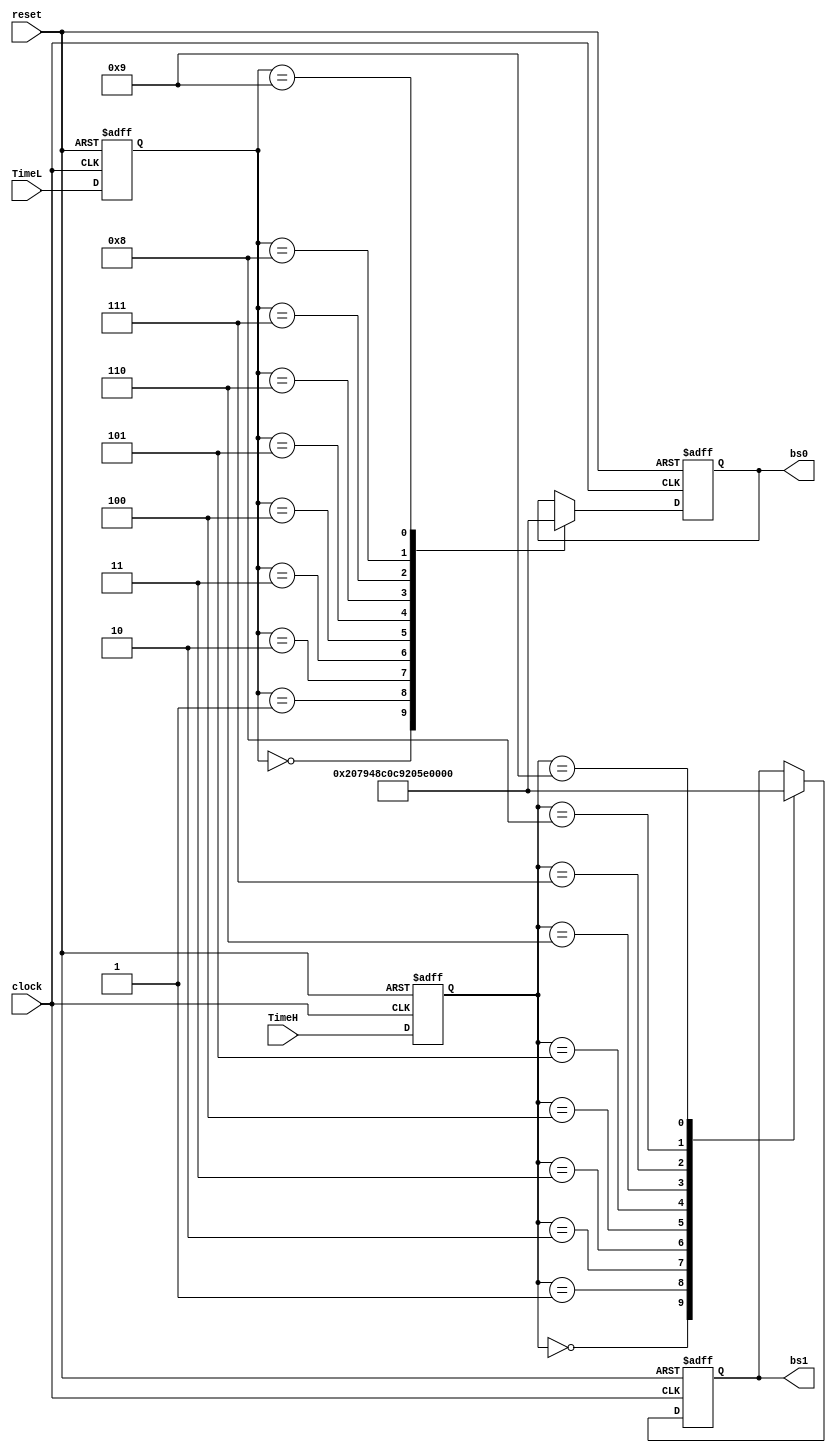
/*
 * Seg_display
 * ---------------------
 * For: University of Leeds
 *
 * Description
 * ------------
 * Digital tube display
 */
 module Seg_display(
 clock,
 reset,
 TimeH,
 TimeL,
 bs0,
 bs1
 );
 input clock;
 input reset;
 input [3:0]TimeH;
 input [3:0]TimeL;
 
 output reg[6:0] bs0;//Bit selection data bit
 output reg[6:0] bs1;
 
 
 reg[3:0] dispH;//Current display data
 reg[3:0] dispL;

 
always @(posedge clock or negedge reset)
	begin
	 if(!reset) begin
			{dispH,dispL} = 8'h15;
			end else begin
 	dispH <= TimeH;
 	dispL <= TimeL;
	end
	end
	
	always @(posedge clock or negedge reset)
	begin
		if(!reset) begin
			bs1 <= 7'h79;
		end
		else begin
			case(dispH) 
				4'h0:begin	
 				 bs1 <= 7'h40;
			   end
				4'h1:begin
 				 bs1 <= 7'h79;
				end
				4'h2:begin
				 bs1 <= 7'h24;
				end
				4'h3:begin
				 bs1 <= 7'h30;
				end
				4'h4:begin
				 bs1 <= 7'h19;
				end
				4'h5:begin
				 bs1 <= 7'h12;
				end
				4'h6:begin
				 bs1 <= 7'h2;
				end
				4'h7:begin
				 bs1 <= 7'h78;
				end 
				4'h8:begin
				 bs1 <= 7'h00;
				end
				4'h9:begin
				 bs1 <= 7'h10;
				end
			endcase
		end
	end
	
always @(posedge clock or negedge reset)
	begin
		if(!reset) begin
			bs0 <= 7'h12;
		end
		else begin
			case(dispL) 
				4'h0:begin	
				 bs0 <= 7'h40;
			   end
				4'h1:begin
			    bs0 <= 7'h79;
				end
				4'h2:begin
				 bs0 <= 7'h24;
				end
				4'h3:begin
			    bs0 <= 7'h30;
				end
				4'h4:begin
				 bs0 <= 7'h19;
				end
				4'h5:begin
			  	 bs0 <= 7'h12;
				end
				4'h6:begin
				 bs0 <= 7'h2;
				end
				4'h7:begin
		       bs0 <= 7'h78;
				end 
				4'h8:begin
				 bs0 <= 7'h00;
				end
				4'h9:begin
				 bs0 <= 7'h10;
				end
			endcase
		end
	end
	
	


endmodule